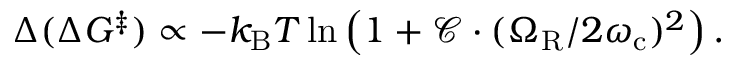
\Delta ( \Delta G ^ { \ddagger } ) \propto - k _ { \mathrm { B } } T \ln \left( 1 + \mathcal { C } \cdot ( { \Omega _ { \mathrm { R } } } / { 2 \omega _ { \mathrm { c } } } ) ^ { 2 } \right) .